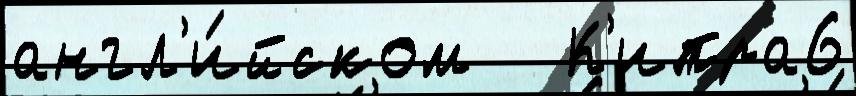
англ'и́йском   К'ипра6